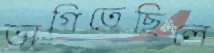
ভাগিতেছিলে